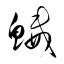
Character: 鰄